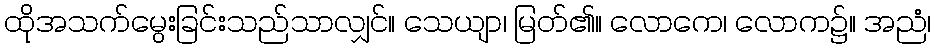
ထိုအသက်မွေးခြင်းသည်သာလျှင်။ သေယျာ၊ မြတ်၏။ လောကေ၊ လောက၌။ အညံ၊